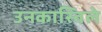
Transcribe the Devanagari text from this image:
उनकास्विले